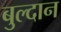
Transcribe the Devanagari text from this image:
बुल्दान